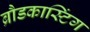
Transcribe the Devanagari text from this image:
ब्रौडकास्टिंग